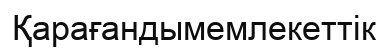
Қарағандымемлекеттік